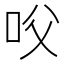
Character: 㕮